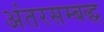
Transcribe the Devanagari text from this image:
अंतरसम्बद्ध